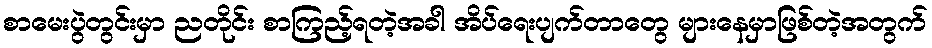
စာမေးပွဲတွင်းမှာ ညတိုင်း စာကြည့်ရတဲ့အခါ အိပ်ရေးပျက်တာတွေ များနေမှာဖြစ်တဲ့အတွက်